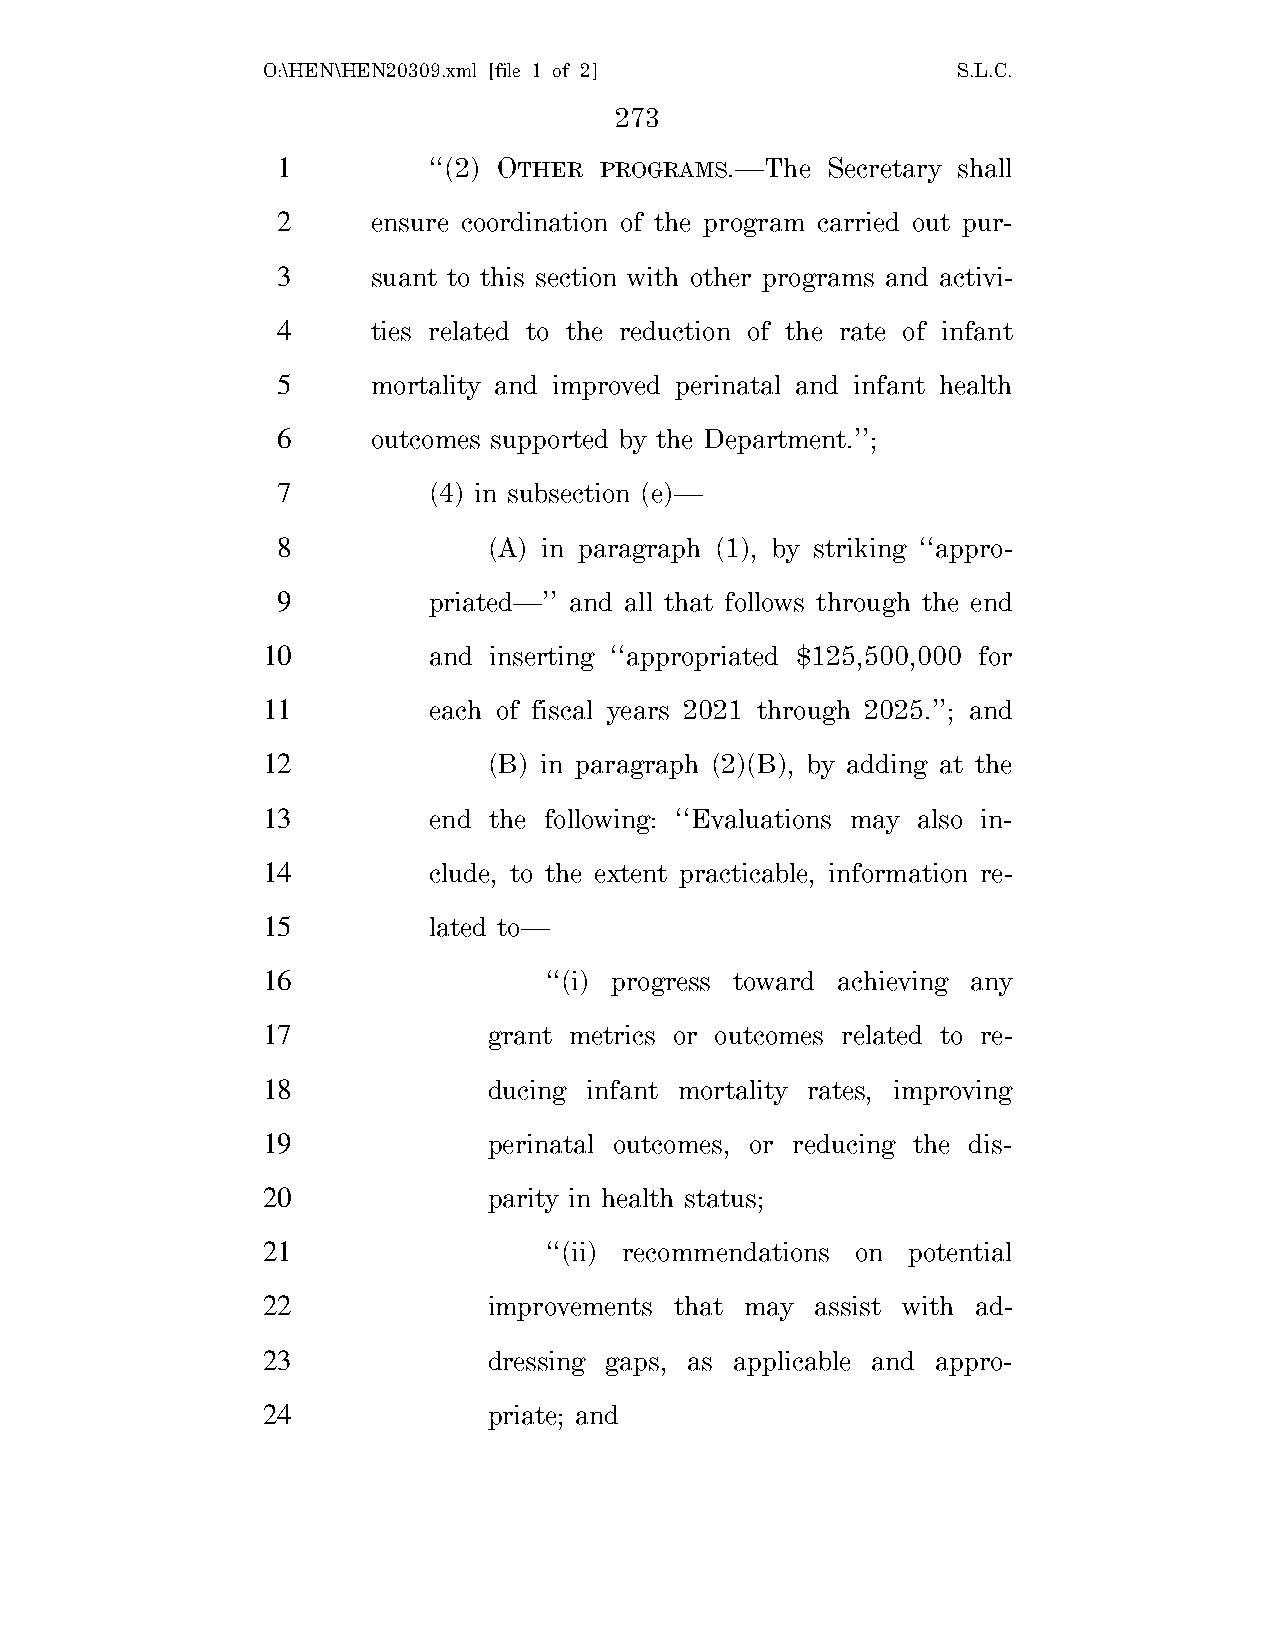
O:\HEN\HEN20309.xml [file 1 of 2]             S.L.C.
 273
 1         ‘‘(2) OTHER PROGRAMS.—The  Secretary shall
 2      ensure coordination of the program carried out pur-
 3      suant to this section with other programs and activi-
 4      ties related to the reduction of the rate of infant
 5      mortality and improved perinatal and infant health
 6      outcomes supported by the Department.’’;
 7         (4) in subsection (e)—
 8             (A) in paragraph (1), by striking ‘‘appro-
 9         priated—’’ and all that follows through the end
 10         and inserting ‘‘appropriated $125,500,000 for
 11         each of fiscal years 2021 through 2025.’’; and
 12             (B) in paragraph (2)(B), by adding at the
 13         end the following: ‘‘Evaluations may also in-
 14         clude, to the extent practicable, information re-
 15         lated to—
 16                 ‘‘(i) progress toward achieving any
 17             grant metrics or outcomes related to re-
 18             ducing infant mortality rates, improving
 19             perinatal outcomes, or reducing the dis-
 20             parity in health status;
 21                 ‘‘(ii) recommendations on potential
 22             improvements that may assist with ad-
 23             dressing gaps, as applicable and appro-
 24             priate; and